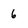
Character: 6